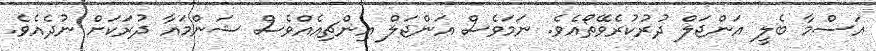
އަސްމާ ބެލީ އަންޖަލް ދުރުކުރެވޭތޯއެވެ. ނަމަވެސް އަންޖަލް އިންޗިއެއްވެސް ޝަންމައާ ދުރަކަށް ނުދެއެވެ.